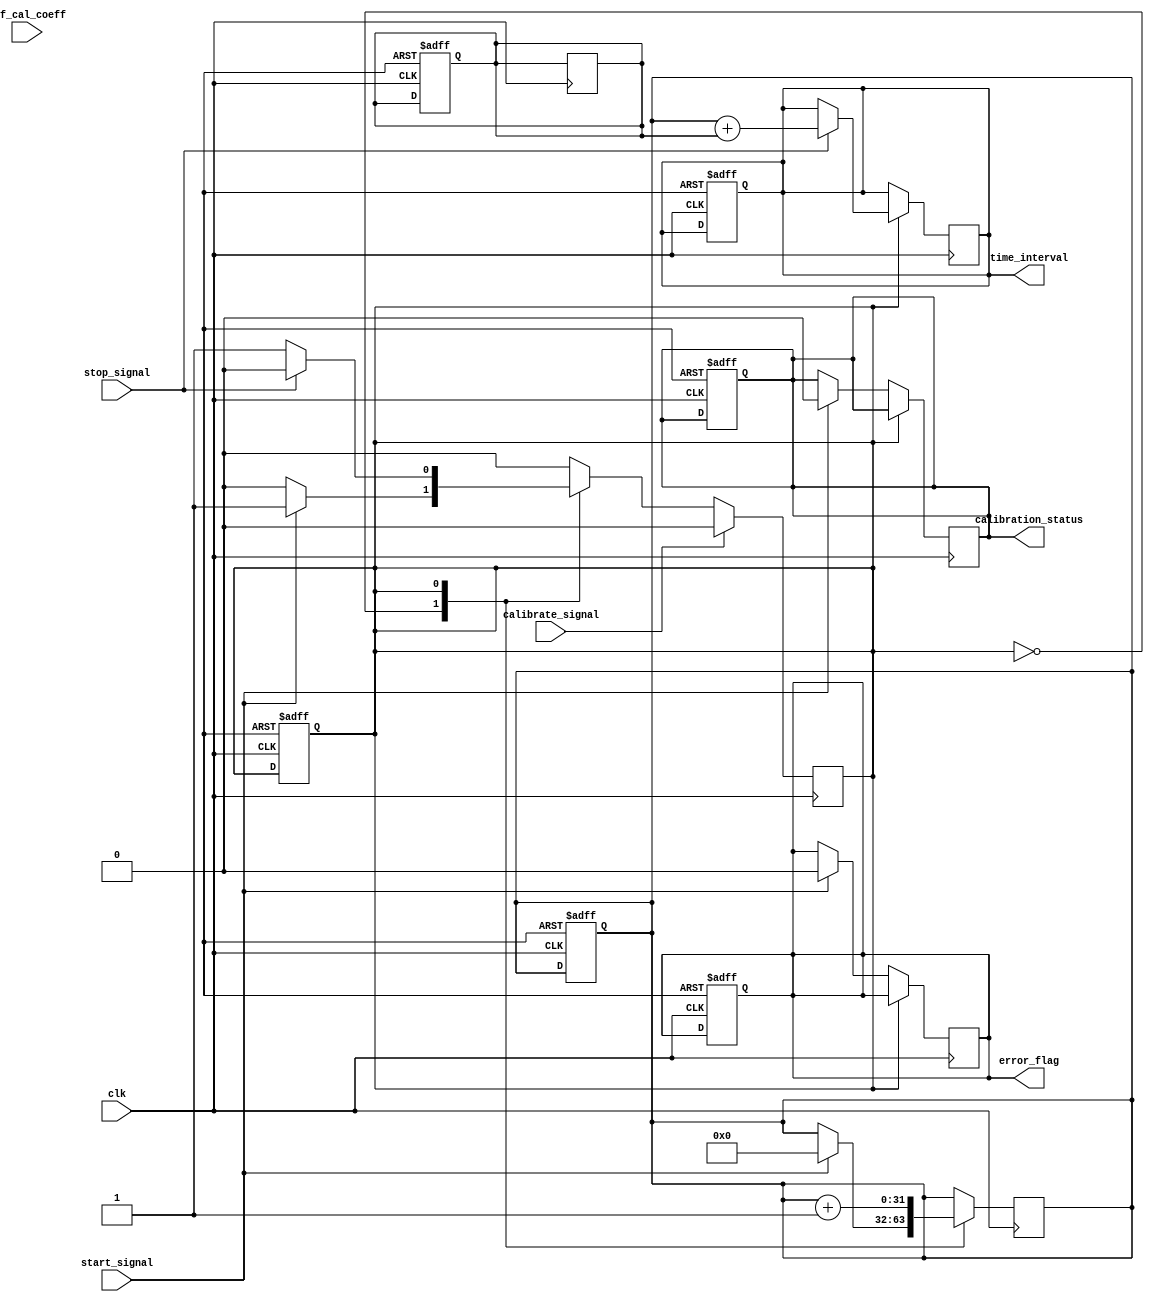
module TDC (
    input wire clk,                   // Reference clock
    input wire start_signal,          // Start signal
    input wire stop_signal,           // Stop signal
    input wire calibrate_signal,      // Calibration trigger
    input wire [7:0] ref_cal_coeff,   // Reference calibration coefficients
    output reg [31:0] time_interval,  // Measured time interval
    output reg calibration_status,     // Calibration status
    output reg error_flag              // Error flag
);

    reg [31:0] counter;                // Time counter
    reg state;                         // State machine state
    reg [31:0] calibration_offset;      // Calibration offset
    reg calibrating;                   // Calibration in progress signal

    // State encoding
    localparam IDLE      = 2'b00;     // Idle state
    localparam MEASURING = 2'b01;      // Measuring state
    localparam CALIBRATING = 2'b10;    // Calibrating state
    localparam ERROR     = 2'b11;      // Error state

    always @(posedge clk) begin
        case(state)
            IDLE: begin
                if (start_signal) begin
                    counter <= 0;
                    state <= MEASURING;
                    calibration_status <= 0; // Reset calibration status
                    error_flag <= 0;         // Reset error flag
                end
            end

            MEASURING: begin
                counter <= counter + 1; // Count clock cycles
                if (stop_signal) begin
                    time_interval <= counter + calibration_offset; // Capture time interval with offset
                    state <= IDLE; // Go back to idle after measurement
                end
            end

            CALIBRATING: begin
                // In-situ calibration logic
                // Adjust calibration offset using reference coefficients
                calibration_offset <= ref_cal_coeff; // Apply calibration coefficients
                calibration_status <= 1; // Set calibration status to indicate success
                state <= IDLE; // Return to idle
            end

            ERROR: begin
                // Handle error conditions
                error_flag <= 1; // Set error flag
                // Optional: Add error handling logic
                state <= IDLE; // Return to idle
            end
        endcase

        // Calibration trigger
        if (calibrate_signal) begin
            state <= CALIBRATING; // Start calibration process
            calibrating <= 1; // Indicate calibration in progress
        end
    end

    // Reset logic - reset the TDC
    always @(posedge clk or posedge reset) begin
        if (reset) begin
            counter <= 0;
            time_interval <= 0;
            calibration_offset <= 0;
            state <= IDLE; 
            calibration_status <= 0; 
            error_flag <= 0; 
        end
    end

endmodule